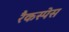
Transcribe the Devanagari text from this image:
रैकस्पेस